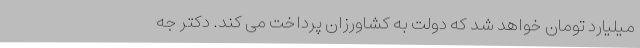
میلیارد تومان خواهد شد که دولت به کشاورزان پرداخت می کند. دکتر جه